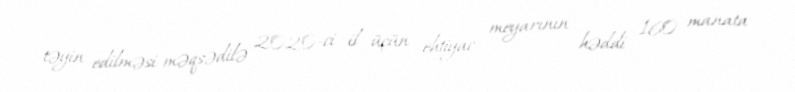
təyin edilməsi məqsədilə 2020-ci il üçün ehtiyac meyarının həddi 160 manata